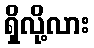
ရှိလို့လား